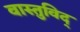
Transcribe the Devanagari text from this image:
वास्‍तुविद्